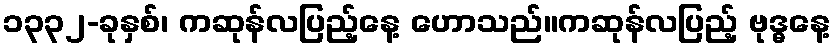
၁၃၃၂-ခုနှစ်၊ ကဆုန်လပြည့်နေ့ ဟောသည်။ကဆုန်လပြည့် ဗုဒ္ဓနေ့